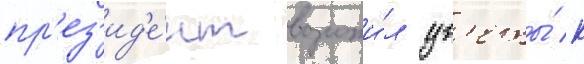
пр'ез'ид'е́нт возложи́л цв'еты́ к